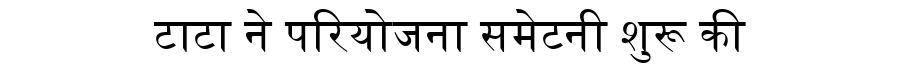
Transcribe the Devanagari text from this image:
टाटा ने परियोजना समेटनी शुरू की